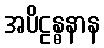
အပိဠန္ဓနာန